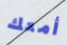
أمعك